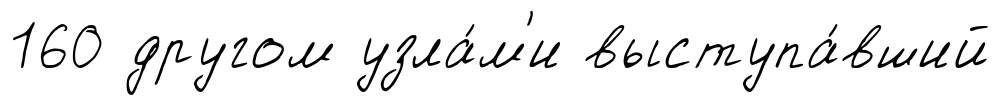
160 другом узла́м'и выступа́вший